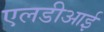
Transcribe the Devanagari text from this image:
एलडीआई